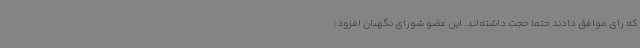
که رای موافق دادند حتماً حجت داشته‌اند. این عضو شورای نگهبان افزود: